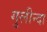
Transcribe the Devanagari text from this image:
गुलीन्दा